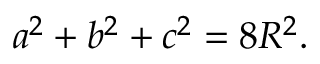
\displaystyle a ^ { 2 } + b ^ { 2 } + c ^ { 2 } = 8 R ^ { 2 } .